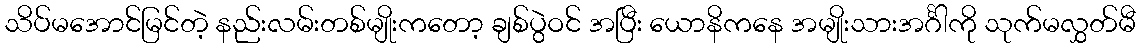
သိပ်မအောင်မြင်တဲ့ နည်းလမ်းတစ်မျိုးကတော့ ချစ်ပွဲဝင် အပြီး ယောနိကနေ အမျိုးသားအင်္ဂါကို သုက်မလွှတ်မီ